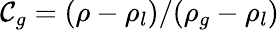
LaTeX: \mathcal{C}_{g}=(\rho-\rho_{l})/(\rho_{g}-\rho_{l})